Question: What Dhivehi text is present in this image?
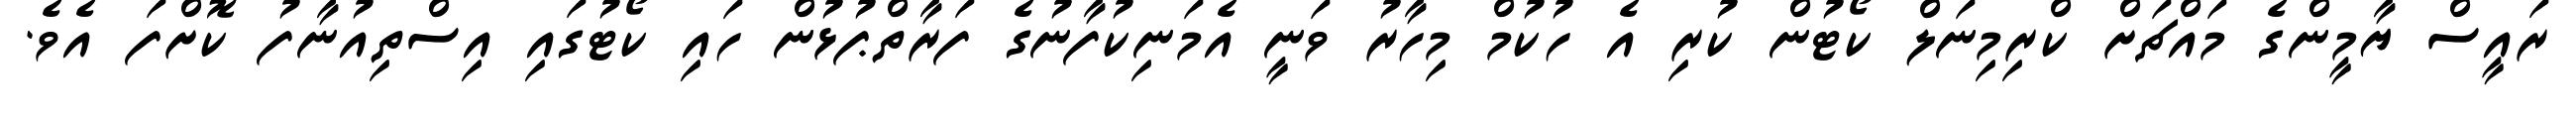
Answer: ރައީސް ޔާމީންގެ މައްޗަށް ކްރިމިނަލް ކޯޓުން ކުރި އެ ހުކުމް މިހާރު ވަނީ އެމަނިކުފާނުގެ ފަރާތްޕުޅުން ހައި ކޯޓުގައި އިސްތިއުނާފު ކޮށްފަ އެވެ.